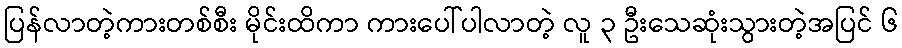
ပြန်လာတဲ့ကားတစ်စီး မိုင်းထိကာ ကားပေါ်ပါလာတဲ့ လူ ၃ ဦးသေဆုံးသွားတဲ့အပြင် ၆